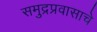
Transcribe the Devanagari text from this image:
समुद्रप्रवासाचे